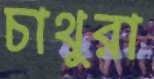
চাথুরা